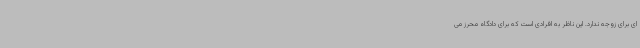
ای برای زوجه ندارد. این ناظر به افرادی است که برای دادگاه محرز می